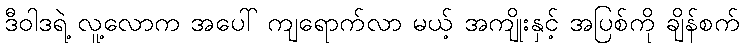
ဒီဝါဒရဲ့ လူ့လောက အပေါ် ကျရောက်လာ မယ့် အကျိုးနှင့် အပြစ်ကို ချိန်စက်